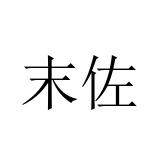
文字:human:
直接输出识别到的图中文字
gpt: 末佐